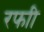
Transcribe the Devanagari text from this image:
रफाी